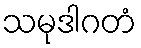
သမုဒါဂတံ